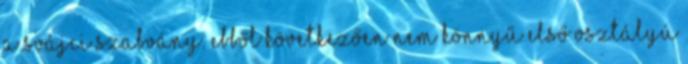
a svájci szabvány. Ebből következően nem könnyű első osztályú